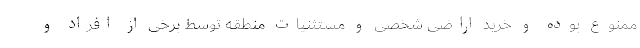
ممنوع بوده و خرید اراضی شخصی و مستثنیات منطقه توسط برخی از افراد و